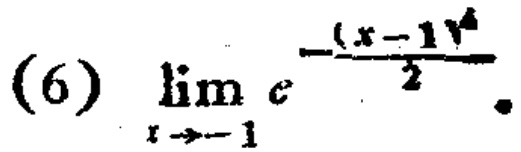
\[(6)\quad \lim_{x \to - 1}e^{-\frac{(x - 1)^{4}}{2}}\]